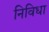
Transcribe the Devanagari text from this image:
निविधा